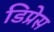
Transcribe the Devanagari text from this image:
डिप्रेस